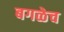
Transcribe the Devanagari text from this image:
बगळेच